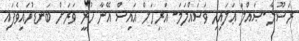
ރަސޫލާ -ޞައްލަ ޢަލައިހި ވަސައްލަމަ- އަރިހަށް އައިސް އޭނާ ހުރީ ވަރަށް ބަނޑުހައިވެފައި